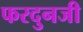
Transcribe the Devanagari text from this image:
फरदुनजी